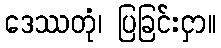
ဒေဿတုံ၊ ပြခြင်းငှာ။